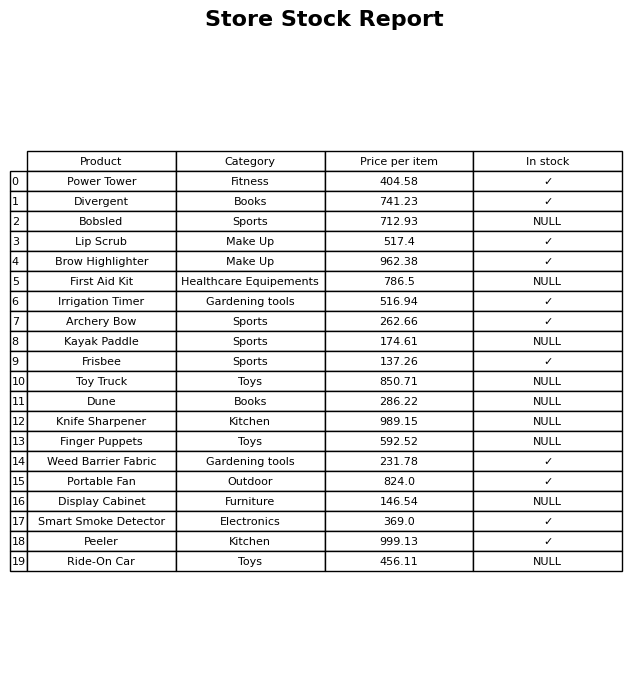
question: Which products are available in stock?
answer: Power Tower, Divergent, Lip Scrub, Brow Highlighter, Irrigation Timer, Archery Bow, Frisbee, Weed Barrier Fabric, Portable Fan, Smart Smoke Detector, Peeler